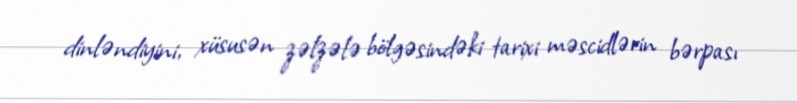
dinləndiyini, xüsusən zəlzələ bölgəsindəki tarixi məscidlərin bərpası